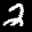
Label: 2